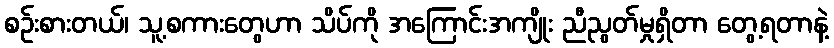
စဉ်းစားတယ်၊ သူ့စကားတွေဟာ သိပ်ကို အကြောင်းအကျိုး ညီညွတ်မှုရှိတာ တွေ့ရတာနဲ့